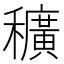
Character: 穬